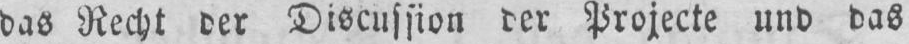
das Recht der Discussion der Projecte und das